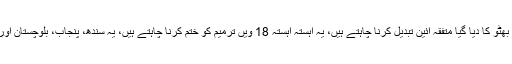
چیئرمین پیپلز پارٹی نے کہا کہ یہ شہید بھٹو کا دیا گیا متفقہ آئین تبدیل کرنا چاہتے ہیں، یہ آہستہ آہستہ 18 ویں ترمیم کو ختم کرنا چاہتے ہیں، یہ سندھ، پنجاب، بلوچستان اور خیبر پختونخوا کا حق مارنا چاہتے ہیں۔